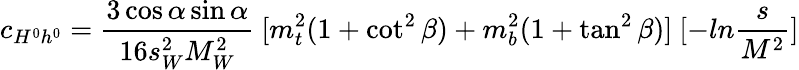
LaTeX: c_{H^{0}h^{0}}={\frac{3\cos\alpha\sin\alpha}{16s_{W}^{2}M_{W}^{2}}}~[m_{t}^{2}(1+\cot^{2}\beta)+m_{b}^{2}(1+\tan^{2}\beta)]~[-ln{\frac{s}{M^{2}}}]